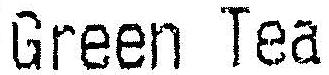
GREEN TEA